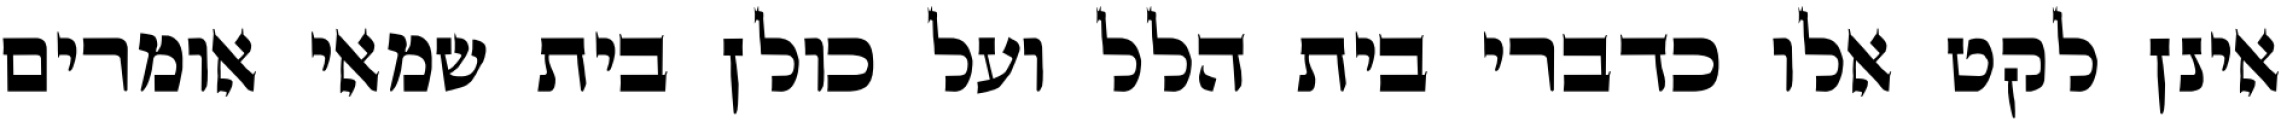
אינן לקט אלו כדברי בית הלל ועל כולן בית שמאי אומרים